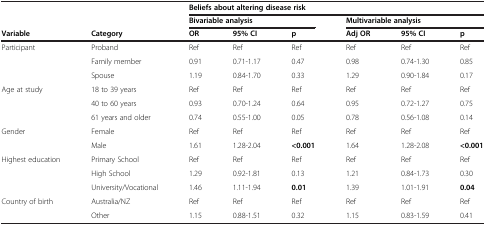
<table><thead><tr><td><b> </b></td><td><b> </b></td><td colspan="6"><b>Beliefs about altering disease risk</b></td></tr><tr><td><b> </b></td><td><b> </b></td><td colspan="3"><b>Bivariable analysis</b></td><td colspan="3"><b>Multivariable analysis</b></td></tr><tr><td><b>Variable</b></td><td><b>Category</b></td><td><b>OR</b></td><td><b>95% CI</b></td><td><b>p</b></td><td><b>Adj OR</b></td><td><b>95% CI</b></td><td><b>p</b></td></tr></thead><tbody><tr><td>Participant</td><td>Proband</td><td>Ref</td><td>Ref</td><td>Ref</td><td>Ref</td><td>Ref</td><td>Ref</td></tr><tr><td> </td><td>Family member</td><td>0.91</td><td>0.71-1.17</td><td>0.47</td><td>0.98</td><td>0.74-1.30</td><td>0.85</td></tr><tr><td> </td><td>Spouse</td><td>1.19</td><td>0.84-1.70</td><td>0.33</td><td>1.29</td><td>0.90-1.84</td><td>0.17</td></tr><tr><td>Age at study</td><td>18 to 39 years</td><td>Ref</td><td>Ref</td><td>Ref</td><td>Ref</td><td>Ref</td><td>Ref</td></tr><tr><td> </td><td>40 to 60 years</td><td>0.93</td><td>0.70-1.24</td><td>0.64</td><td>0.95</td><td>0.72-1.27</td><td>0.75</td></tr><tr><td> </td><td>61 years and older</td><td>0.74</td><td>0.55-1.00</td><td>0.05</td><td>0.78</td><td>0.56-1.08</td><td>0.14</td></tr><tr><td>Gender</td><td>Female</td><td>Ref</td><td>Ref</td><td>Ref</td><td>Ref</td><td>Ref</td><td>Ref</td></tr><tr><td> </td><td>Male</td><td>1.61</td><td>1.28-2.04</td><td><b>&lt;0.001</b></td><td>1.64</td><td>1.28-2.08</td><td><b>&lt;0.001</b></td></tr><tr><td>Highest education</td><td>Primary School</td><td>Ref</td><td>Ref</td><td>Ref</td><td>Ref</td><td>Ref</td><td>Ref</td></tr><tr><td> </td><td>High School</td><td>1.29</td><td>0.92-1.81</td><td>0.13</td><td>1.21</td><td>0.84-1.73</td><td>0.30</td></tr><tr><td> </td><td>University/Vocational</td><td>1.46</td><td>1.11-1.94</td><td><b>0.01</b></td><td>1.39</td><td>1.01-1.91</td><td><b>0.04</b></td></tr><tr><td>Country of birth</td><td>Australia/NZ</td><td>Ref</td><td>Ref</td><td>Ref</td><td>Ref</td><td>Ref</td><td>Ref</td></tr><tr><td> </td><td>Other</td><td>1.15</td><td>0.88-1.51</td><td>0.32</td><td>1.15</td><td>0.83-1.59</td><td>0.41</td></tr></tbody></table>